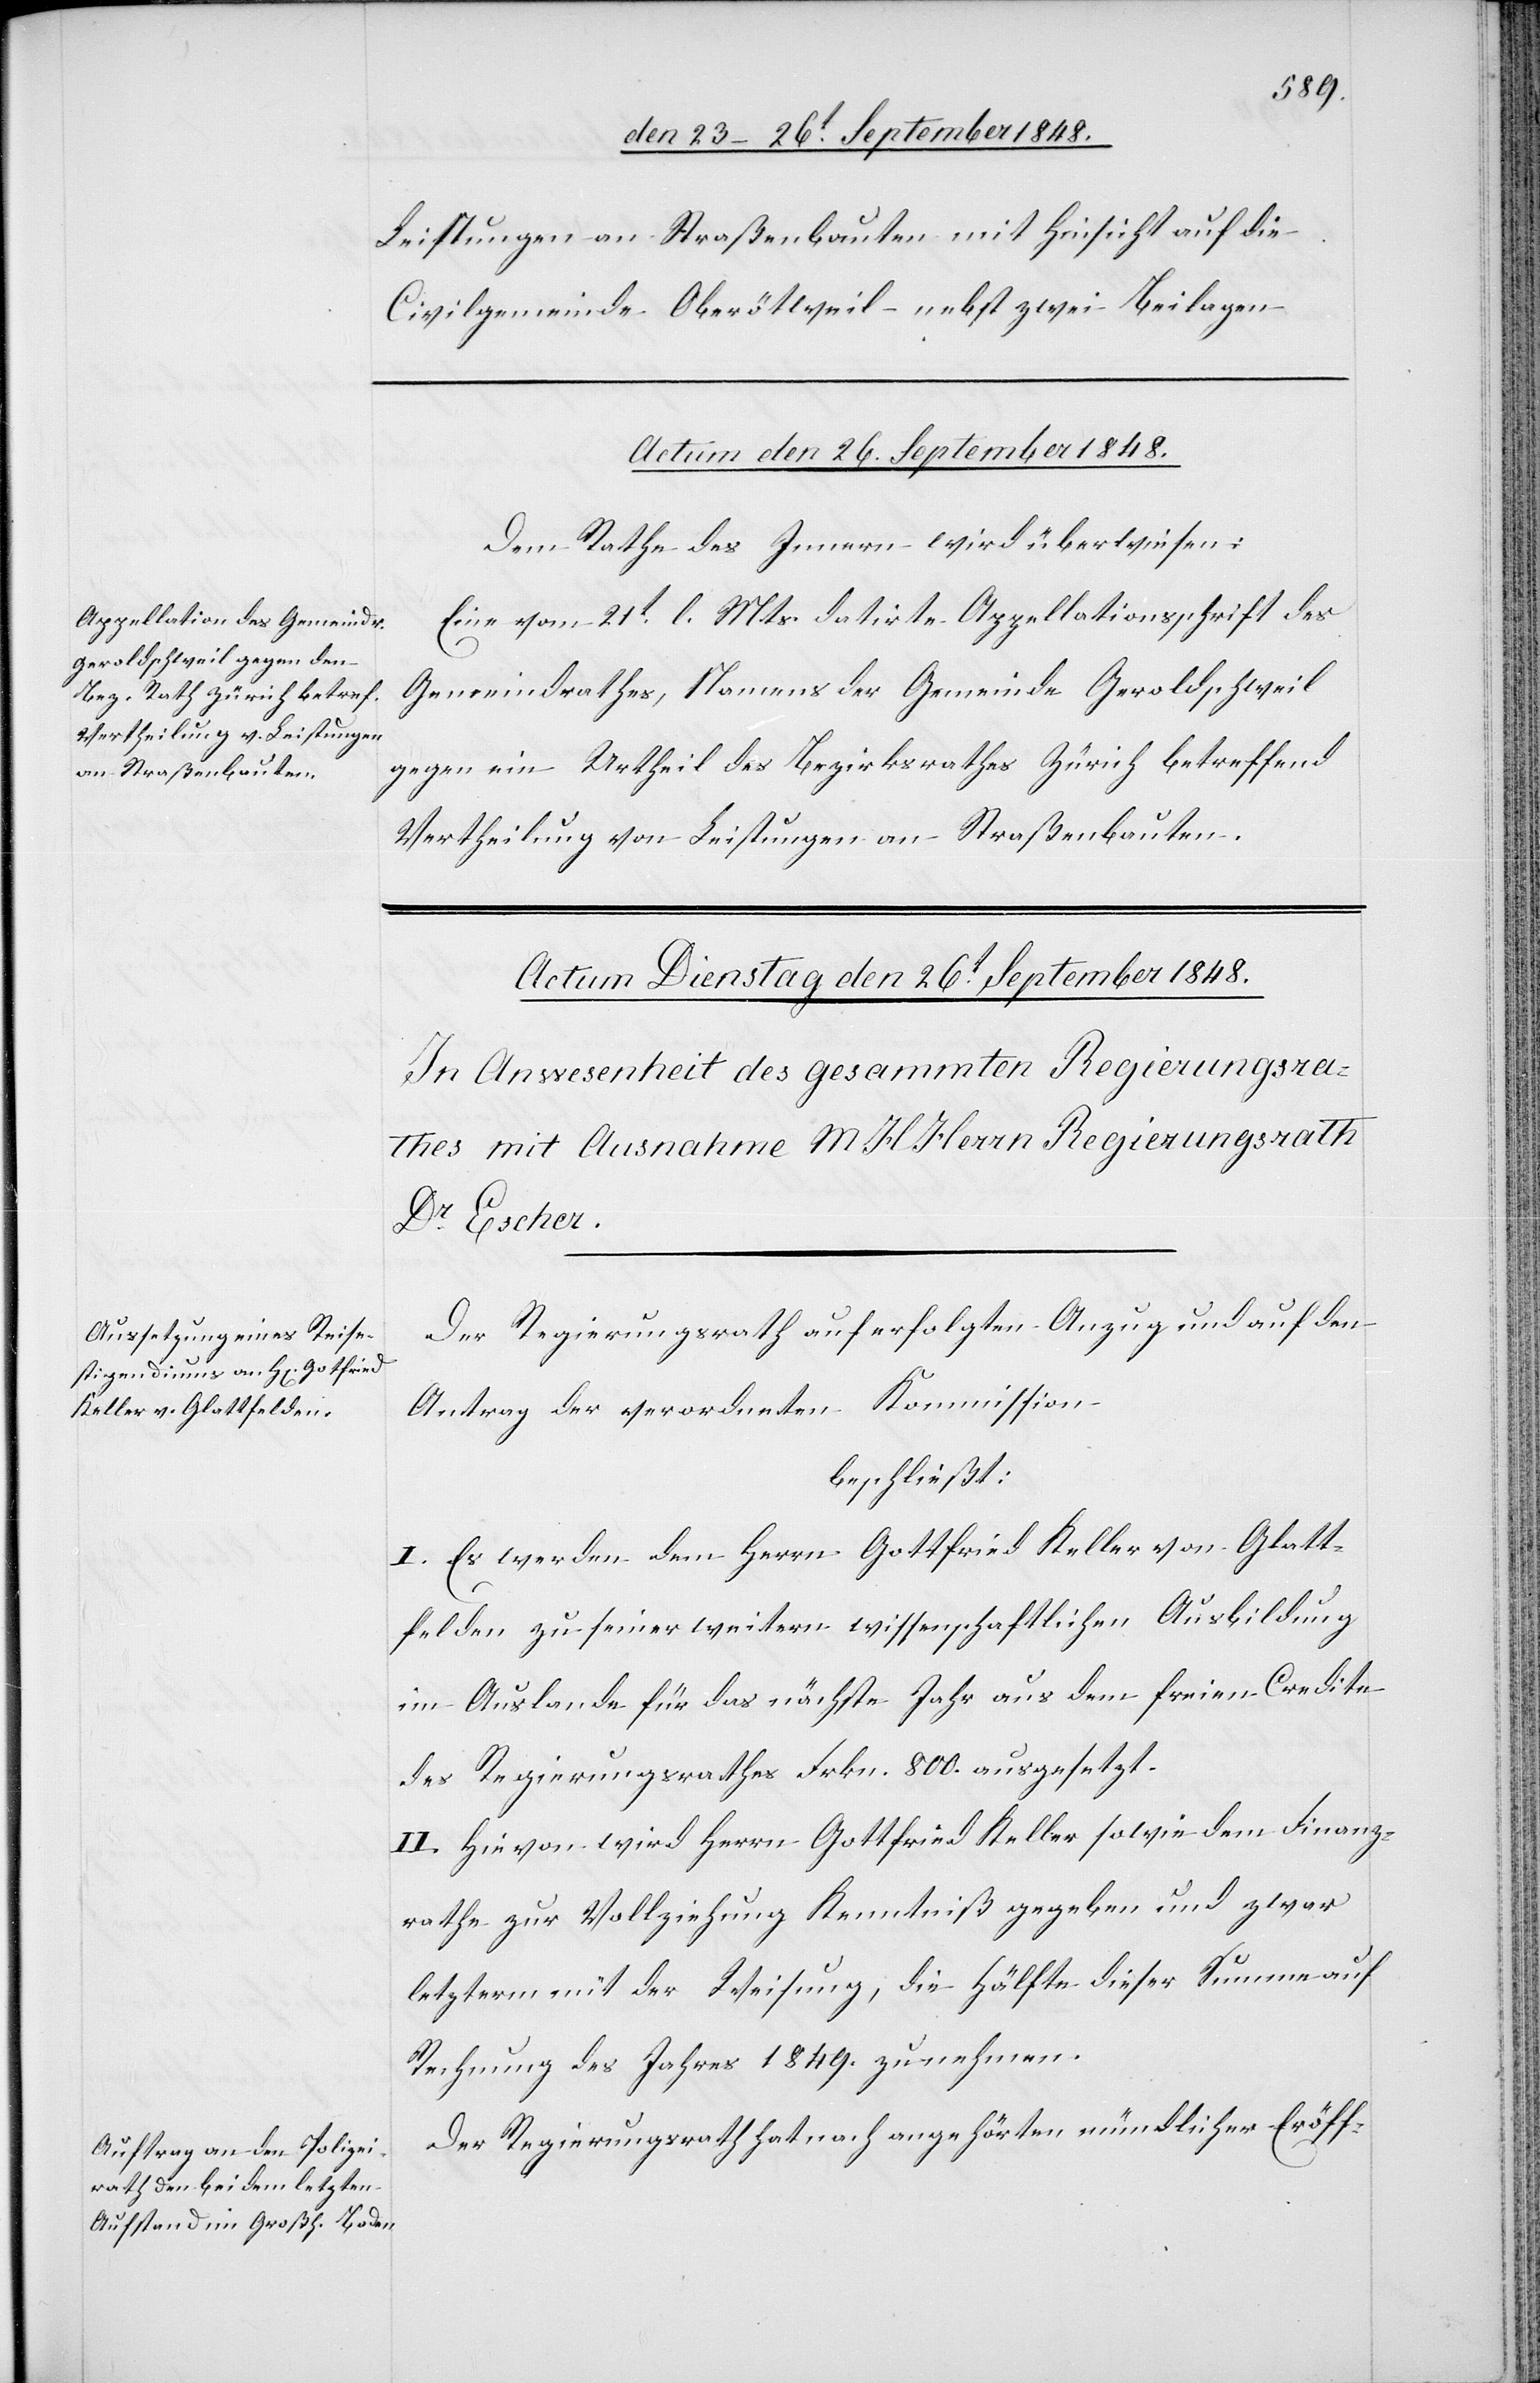
Leistungen an Straßenbauten mit Hinsicht auf die
Civilgemeinde Oberötweil – nebst zwei Beilagen.
Actum den 26. September 1848.
Dem Rathe des Innern wird überwiesen:
Eine vom 21t l. Mts. datirte Appellationsschrift des
Gemeindrathes, Namens der Gemeinde Geroldschweil
gegen ein Urtheil des Bezirksrathes Zürich betreffend
Vertheilung von Leistungen an Straßenbauten.
Der Regierungsrath auf erfolgten Anzug und auf den
Antrag der verordneten Kommission
beschließt:
I. Es werden dem Herrn Gottfried Keller von Glatt¬
felden zu seiner weitern wissenschaftlichen Ausbildung
im Auslande für das nächste Jahr aus dem freien Credite
des Regierungsrathes Frkn. 800. ausgesetzt.
II. Hievon wird Herrn Gottfried Keller sowie dem Finanz¬
rathe zur Vollziehung Kenntniß gegeben und zwar
letzterm mit der Weisung, die Hälfte dieser Summe auf
Rechnung des Jahres 1849. zu nehmen.
Der Regierungsrath hat nach angehörten mündlicher Eröffn-